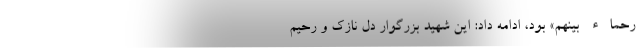
رُحَمَاء بَیْنَهُمْ» بود، ادامه داد: این شهید بزرگوار دل نازک و رحیم